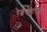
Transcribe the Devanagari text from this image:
रेल्वेसेवांपैकी